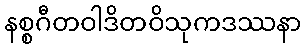
နစ္စဂီတဝါဒိတဝိသုကဒဿနာ